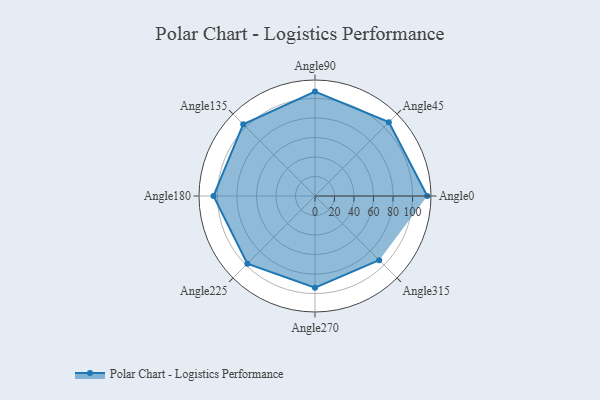
{"axis": {"x": "Angle", "y": "Radius"}, "legend": [""], "data": [{"x": "Angle0", "y": 115.0, "type": ""}, {"x": "Angle45", "y": 107.0, "type": ""}, {"x": "Angle90", "y": 107.0, "type": ""}, {"x": "Angle135", "y": 104.0, "type": ""}, {"x": "Angle180", "y": 104.0, "type": ""}, {"x": "Angle225", "y": 98.0, "type": ""}, {"x": "Angle270", "y": 94.0, "type": ""}, {"x": "Angle315", "y": 93.0, "type": ""}]}